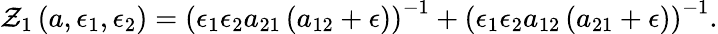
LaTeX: \mathcal{Z}_{1}\left(a,\epsilon_{1},\epsilon_{2}\right)=\left(\epsilon_{1}\epsilon_{2}a_{21}\left(a_{12}+\epsilon\right)\right)^{-1}+\left(\epsilon_{1}\epsilon_{2}a_{12}\left(a_{21}+\epsilon\right)\right)^{-1}.